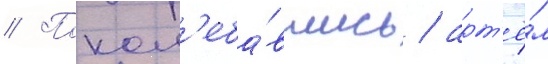
// Покол'еба́вшись / арт'ё́м